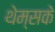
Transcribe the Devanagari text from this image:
थेम्सके